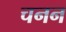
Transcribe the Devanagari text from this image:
चनन